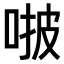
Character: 𠵿